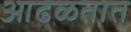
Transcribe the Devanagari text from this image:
आढळतात्